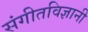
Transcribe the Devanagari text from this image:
संगीतविज्ञानी